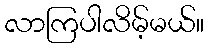
လာကြပါလိမ့်မယ်။